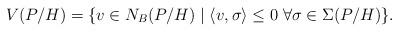
LaTeX: \begin{align*}V(P/H) = \{ v \in N_B(P/H) \;|\; \langle v, \sigma\rangle \leq 0 \;\forall\sigma\in \Sigma(P/H)\}.\end{align*}